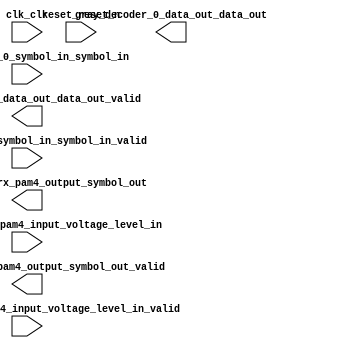

module RX (
	clk_clk,
	gray_decoder_0_data_out_data_out,
	gray_decoder_0_data_out_data_out_valid,
	gray_decoder_0_symbol_in_symbol_in,
	gray_decoder_0_symbol_in_symbol_in_valid,
	pam4_decoder_0_rx_pam4_input_voltage_level_in,
	pam4_decoder_0_rx_pam4_input_voltage_level_in_valid,
	pam4_decoder_0_rx_pam4_output_symbol_out,
	pam4_decoder_0_rx_pam4_output_symbol_out_valid,
	reset_reset_n);	

	input		clk_clk;
	output		gray_decoder_0_data_out_data_out;
	output		gray_decoder_0_data_out_data_out_valid;
	input	[1:0]	gray_decoder_0_symbol_in_symbol_in;
	input		gray_decoder_0_symbol_in_symbol_in_valid;
	input	[7:0]	pam4_decoder_0_rx_pam4_input_voltage_level_in;
	input		pam4_decoder_0_rx_pam4_input_voltage_level_in_valid;
	output	[1:0]	pam4_decoder_0_rx_pam4_output_symbol_out;
	output		pam4_decoder_0_rx_pam4_output_symbol_out_valid;
	input		reset_reset_n;
endmodule